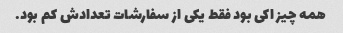
همه چیز اکی بود فقط یکی از سفارشات تعدادش کم بود.